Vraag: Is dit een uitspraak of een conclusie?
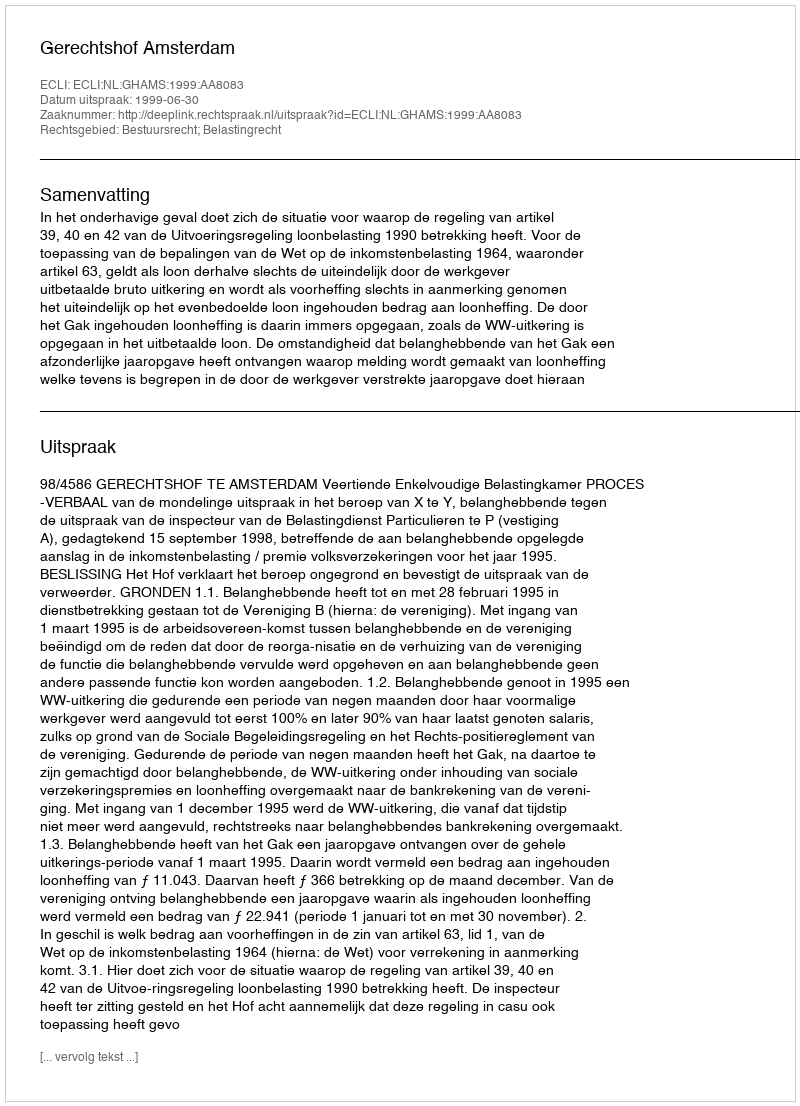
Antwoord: Uitspraak